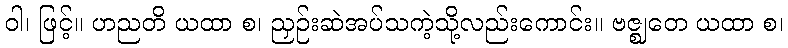
ဝါ၊ ဖြင့်။ ဟညတိ ယထာ စ၊ ညှဉ်းဆဲအပ်သကဲ့သို့လည်းကောင်း။ ဗဇ္ဈတေ ယထာ စ၊